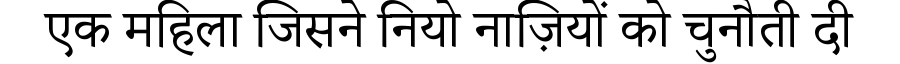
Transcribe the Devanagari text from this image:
एक महिला जिसने नियो नाज़ियों को चुनौती दी